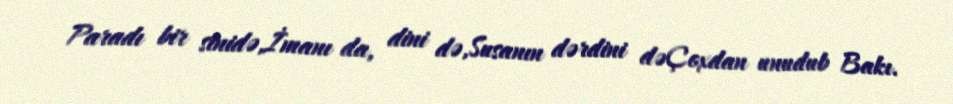
Paradı bir sinidə,İmanı da, dini də,Susanın dərdini dəÇoxdan unudub Bakı.